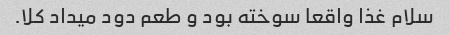
سلام غذا واقعا سوخته بود و طعم دود میداد کلا.